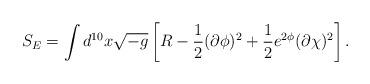
LaTeX: \begin{align*}S_{E}=\int d^{10}x \sqrt{-g} \left[ R -\frac{1}{2}(\partial \phi )^2 + \frac{1}{2} e^{2\phi} (\partial \chi )^2 \right] .\end{align*}